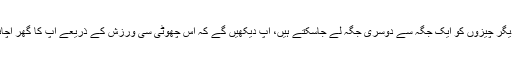
اس سلسلے میں آپ فرنیچر اور دیگر چیزوں کو ایک جگہ سے دوسری جگہ لے جاسکتے ہیں، آپ دیکھیں گے کہ اس چھوٹی سی ورزش کے ذریعے آپ کا گھر اچانک سے نیا نیا سا لگنے لگا ہے۔